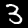
Label: 3